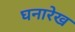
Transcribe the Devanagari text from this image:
घनारेख